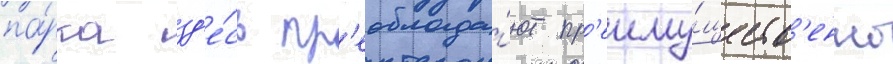
па́рка зд'е́сь пр'еоблада́ют пр'еиму́ществ'енно